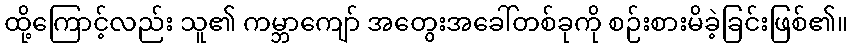
ထို့ကြောင့်လည်း သူ၏ ကမ္ဘာကျော် အတွေးအခေါ်တစ်ခုကို စဉ်းစားမိခဲ့ခြင်းဖြစ်၏။